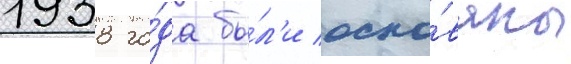
1938 го́да бы́л'и осно́ваны